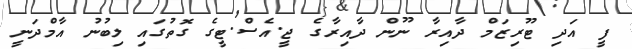
ފީ އަދި ޓޫރިޒަމް ދާއިރާ ނޫން ދާއިރާގެ ޖީ.އެސް.ޓީގެ ގޮތުގައި ލިބުނު އާމްދަނީ